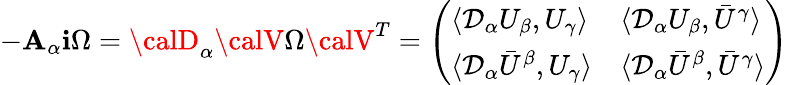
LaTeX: -{\cal\mathbf{A}}_{\alpha}\mathbf{i}\Omega={\calD}_{\alpha}{\calV}\Omega{\calV}^{T}=\left(\begin{array}{ll}{{\langle{\cal D}_{\alpha}U_{\beta},U_{\gamma}\rangle}}&{{\langle{\cal D}_{\alpha}U_{\beta},\bar{U}^{\gamma}\rangle}}\\ {{\langle{\cal D}_{\alpha}\bar{U}^{\beta},U_{\gamma}\rangle}}&{{\langle{\cal D}_{\alpha}\bar{U}^{\beta},\bar{U}^{\gamma}\rangle}}\end{array}\right)